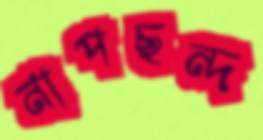
নাপছন্দ